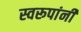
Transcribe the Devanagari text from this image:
स्वरूपांनी